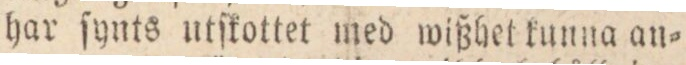
har ſynts utſkottet med wißhet kunna an=